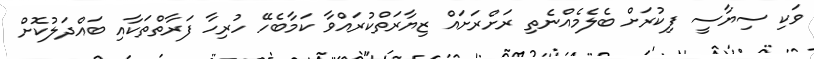
ވަކި ސިޔާސީ ފިކުރަށް ބެލެމެއްނެތި ރަށްރަށައް ޒިޔާރަތްކުރައްވާ ކަމާބެހޭ ހުރިހާ ފަރާތްތަކާއި ބައްދަލުކޮށް